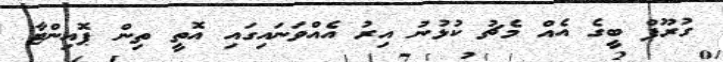
ގުރޫޕް ބީގެ އެއް މެޗު ކުޅުނު އިރު އެއްވަނައިގައި އޮތީ ތިން ޕޮއިންޓާ